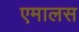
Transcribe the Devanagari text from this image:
एमालस